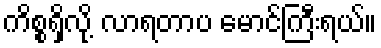
ကိစ္စရှိလို့ လာရတာပ မောင်ကြီးရယ်။